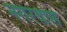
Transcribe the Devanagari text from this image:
नगरवास